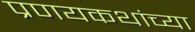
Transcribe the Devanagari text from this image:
प्रणयकथांच्या